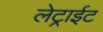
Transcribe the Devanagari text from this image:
लेट्राईट